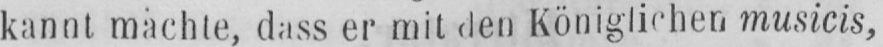
kannt machte, dass er mit den Königlichen musicis,